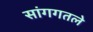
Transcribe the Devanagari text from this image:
सांगगतले